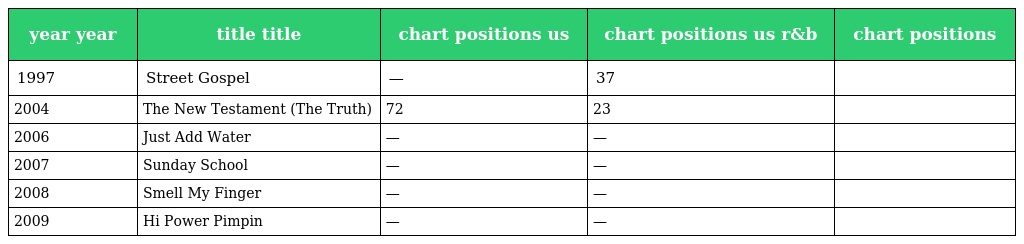
| year year | title title | chart positions us | chart positions us r&b | chart positions |
 | --- | --- | --- | --- | --- |
 | 1997 | Street Gospel | — | 37 |  |
 | 2004 | The New Testament (The Truth) | 72 | 23 |  |
 | 2006 | Just Add Water | — | — |  |
 | 2007 | Sunday School | — | — |  |
 | 2008 | Smell My Finger | — | — |  |
 | 2009 | Hi Power Pimpin | — | — |  |